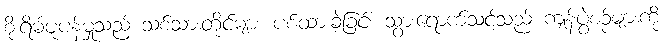
စိုးရိမ်ပူပန်မှုသည် သစ်သားတိုင်များ ပစ်ထားခဲ့ခြင်း သွားရောက်သင့်သည် ကျန်ပွဲစဉ်များကို